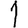
Digit: 1